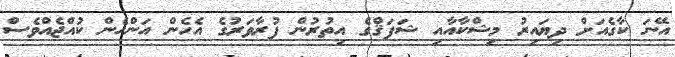
އޭނަ ކާގެއަށް ދިޔައިރު މިޝްކާއާއި ޝަފަޤްގެ އިތުރުން ފުރާވަރުގެ އެހެން އަންހެން ކުއްޖެއްވެސް